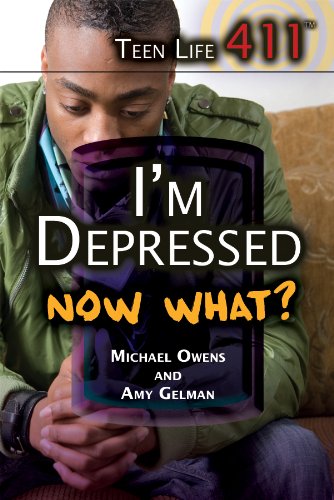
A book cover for I'm Depressed. Now What? (Teen Life 411); Michael Owens; Health, Fitness & Dieting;